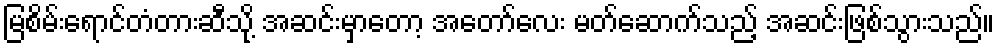
မြစိမ်းရောင်တံတားဆီသို့ အဆင်းမှာတော့ အတော်လေး မတ်ဆောက်သည့် အဆင်းဖြစ်သွားသည်။